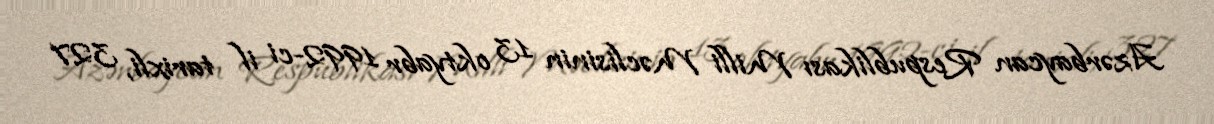
Azərbaycan Respublikası Milli Məclisinin 13 oktyabr 1992-ci il tarixli, 327